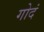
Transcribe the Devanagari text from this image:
गोदं